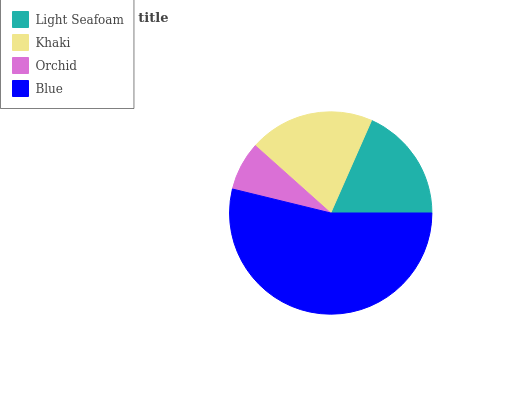
| Light Seafoam | Khaki | Orchid | Blue |
 | --- | --- | --- | --- |
 | 18.4% | 20% | 7.78% | 53.7% |